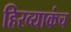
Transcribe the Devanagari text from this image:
हिरव्याकंच